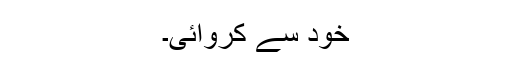
خود سے کروائی۔